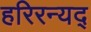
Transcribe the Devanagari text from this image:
हरिरन्यद्